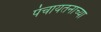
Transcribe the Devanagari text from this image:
पंचायतनाच्या